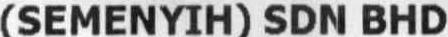
(SEMENYIH) SDN BHD